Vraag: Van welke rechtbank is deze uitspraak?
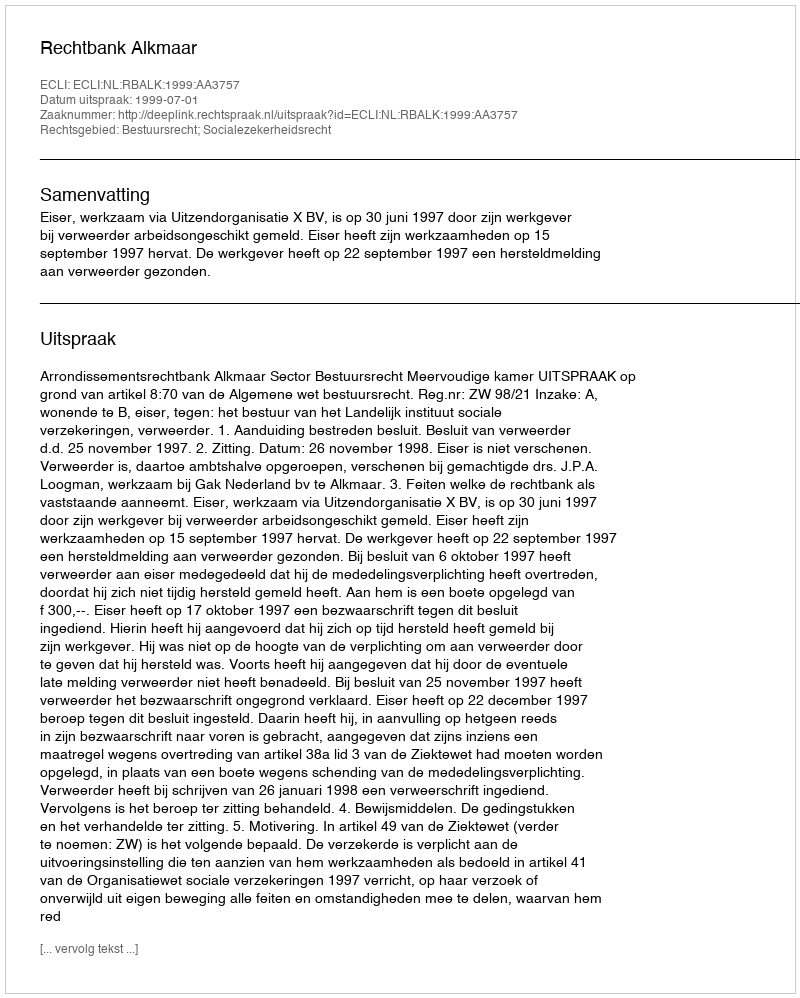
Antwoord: Rechtbank Alkmaar